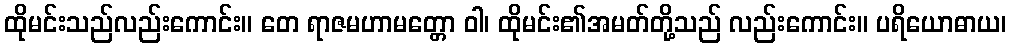
ထိုမင်းသည်လည်းကောင်း။ တေ ရာဇမဟာမတ္တော ဝါ၊ ထိုမင်း၏အမတ်တို့သည် လည်းကောင်း။ ပရိယောဓာယ၊